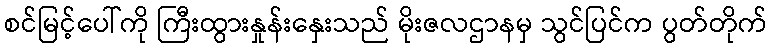
စင်မြင့်ပေါ်ကို ကြီးထွားနှုန်းနှေးသည် မိုးဇလဌာနမှ သွင်ပြင်က ပွတ်တိုက်